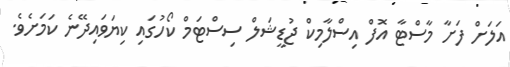
އަލަށް ފަށާ މާސްޓާ އޮފް އިސްލާމިކް ޖުޑީޝަލް ސިސްޓަމް ކޯހުގައި ކިޔަވައިދޭނެ ކަމަށެވެ.